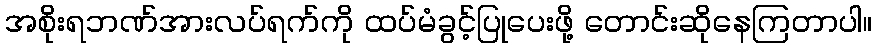
အစိုးရဘဏ်အားလပ်ရက်ကို ထပ်မံခွင့်ပြုပေးဖို့ တောင်းဆိုနေကြတာပါ။